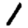
Digit: 1